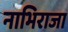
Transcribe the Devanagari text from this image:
नाभिराजा